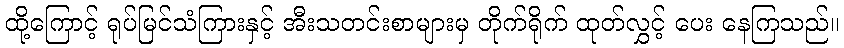
ထို့ကြောင့် ရုပ်မြင်သံကြားနှင့် အီးသတင်းစာများမှ တိုက်ရိုက် ထုတ်လွှင့် ပေး နေကြသည်။